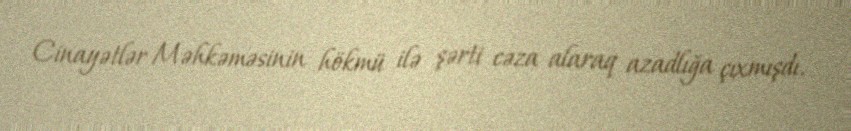
Cinayətlər Məhkəməsinin hökmü ilə şərti cəza alaraq azadlığa çıxmışdı.